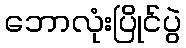
ဘောလုံးပြိုင်ပွဲ